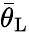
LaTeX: \bar{\theta}_{\mathrm{{L}}}